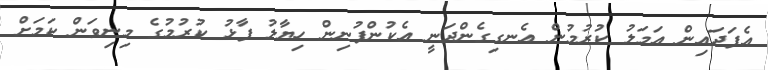
އެފަދައިން އަމަލު ކުރުމުން އެނގިގެންދަނީ އެކުންފުނިން ހިޔާލު ފާޅު ކުރުމުގެ މިނިވަން ކަމަށް